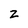
Character: z